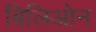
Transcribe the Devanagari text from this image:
बिलिओन